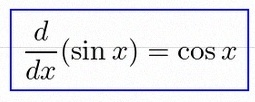
\frac{d}{dx}(\sin x)=\cos x